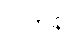
ပါဟုနာ